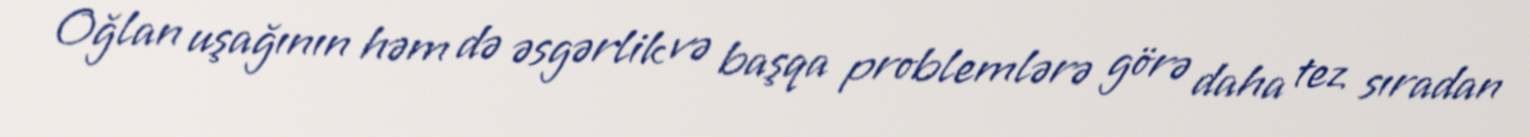
Oğlan uşağının həm də əsgərlik və başqa problemlərə görə daha tez sıradan